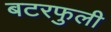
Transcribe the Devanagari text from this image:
बटरफुली